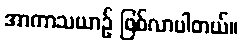
အာကာသယာဉ် ဖြစ်လာပါတယ်။